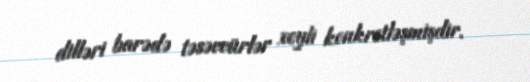
dilləri barədə təsəvvürlər xeyli konkretləşmişdir.